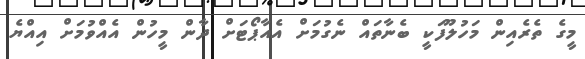
މީގެ ތެރެއިން މަހުލޫފަކީ ބެނާތައް ނެގުމަށް އެއާޕޯޓަށް ދާން މީހުން އެއްވުމަށް އިއްޔެ